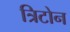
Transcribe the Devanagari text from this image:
त्रिटोन